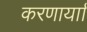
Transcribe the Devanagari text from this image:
करणार्याा